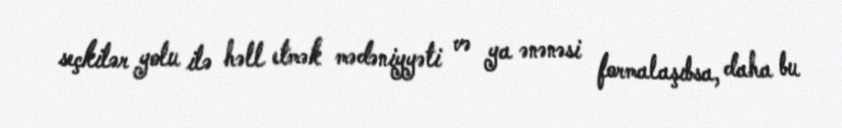
seçkilər yolu ilə həll etmək mədəniyyəti və ya ənənəsi formalaşıbsa, daha bu